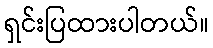
ရှင်းပြထားပါတယ်။